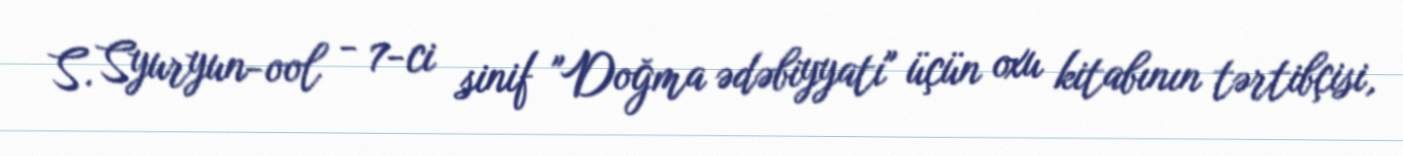
S. Syuryun-ool - 7-ci sinif "Doğma ədəbiyyatı" üçün oxu kitabının tərtibçisi,